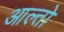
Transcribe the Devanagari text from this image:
आल्तो